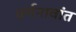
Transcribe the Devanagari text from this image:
वर्गनावांत